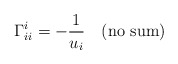
\begin{align*}\Gamma^i_{ii} = - \frac{1}{u_i} \quad (\rm no~sum)\end{align*}